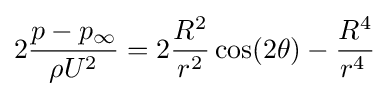
2{\frac {p-p_{\infty }}{\rho U^{2}}}=2{\frac {R^{2}}{r^{2}}}\cos(2\theta )-{\frac {R^{4}}{r^{4}\,}}